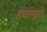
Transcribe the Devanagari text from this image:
हवांगहो